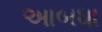
આબધા